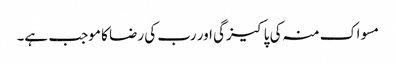
مسواک منہ کی پاکیزگی اور رب کی رضا کا موجب ہے۔